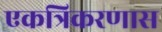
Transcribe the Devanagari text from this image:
एकत्रिकरणास